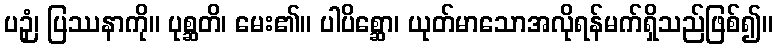
ပဉှံ၊ ပြဿနာကို။ ပုစ္ဆတိ၊ မေး၏။ ပါပိစ္ဆော၊ ယုတ်မာသောအလိုရန်မက်ရှိသည်ဖြစ်၍။